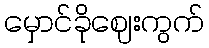
မှောင်ခိုဈေးကွက်